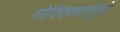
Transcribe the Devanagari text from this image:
गोपिकाबाईंमुळे